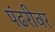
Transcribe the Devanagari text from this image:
पंढरीवर